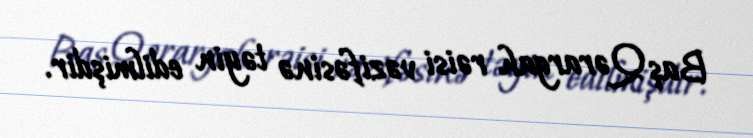
Baş Qərargah rəisi vəzifəsinə təyin edilmişdir.